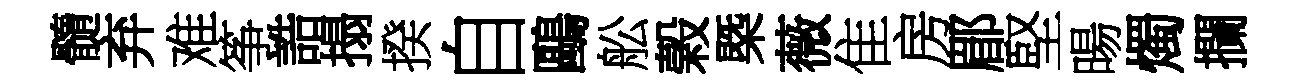
髓弃难筝誥搨揆自鷗舩榖槩薇隹房郿堅暘燭攔